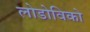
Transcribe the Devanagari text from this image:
लोडोविको